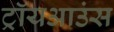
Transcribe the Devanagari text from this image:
ट्रॉयआउंस